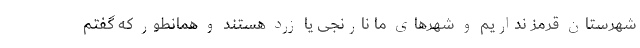
شهرستان قرمز نداریم و شهرهای ما نارنجی یا زرد هستند و همانطور که گفتم